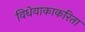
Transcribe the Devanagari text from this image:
विधेयाकाकरिता